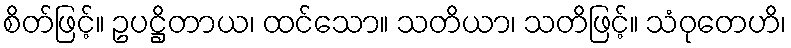
စိတ်ဖြင့်။ ဥပဋ္ဌိတာယ၊ ထင်သော။ သတိယာ၊ သတိဖြင့်။ သံဝုတေဟိ၊